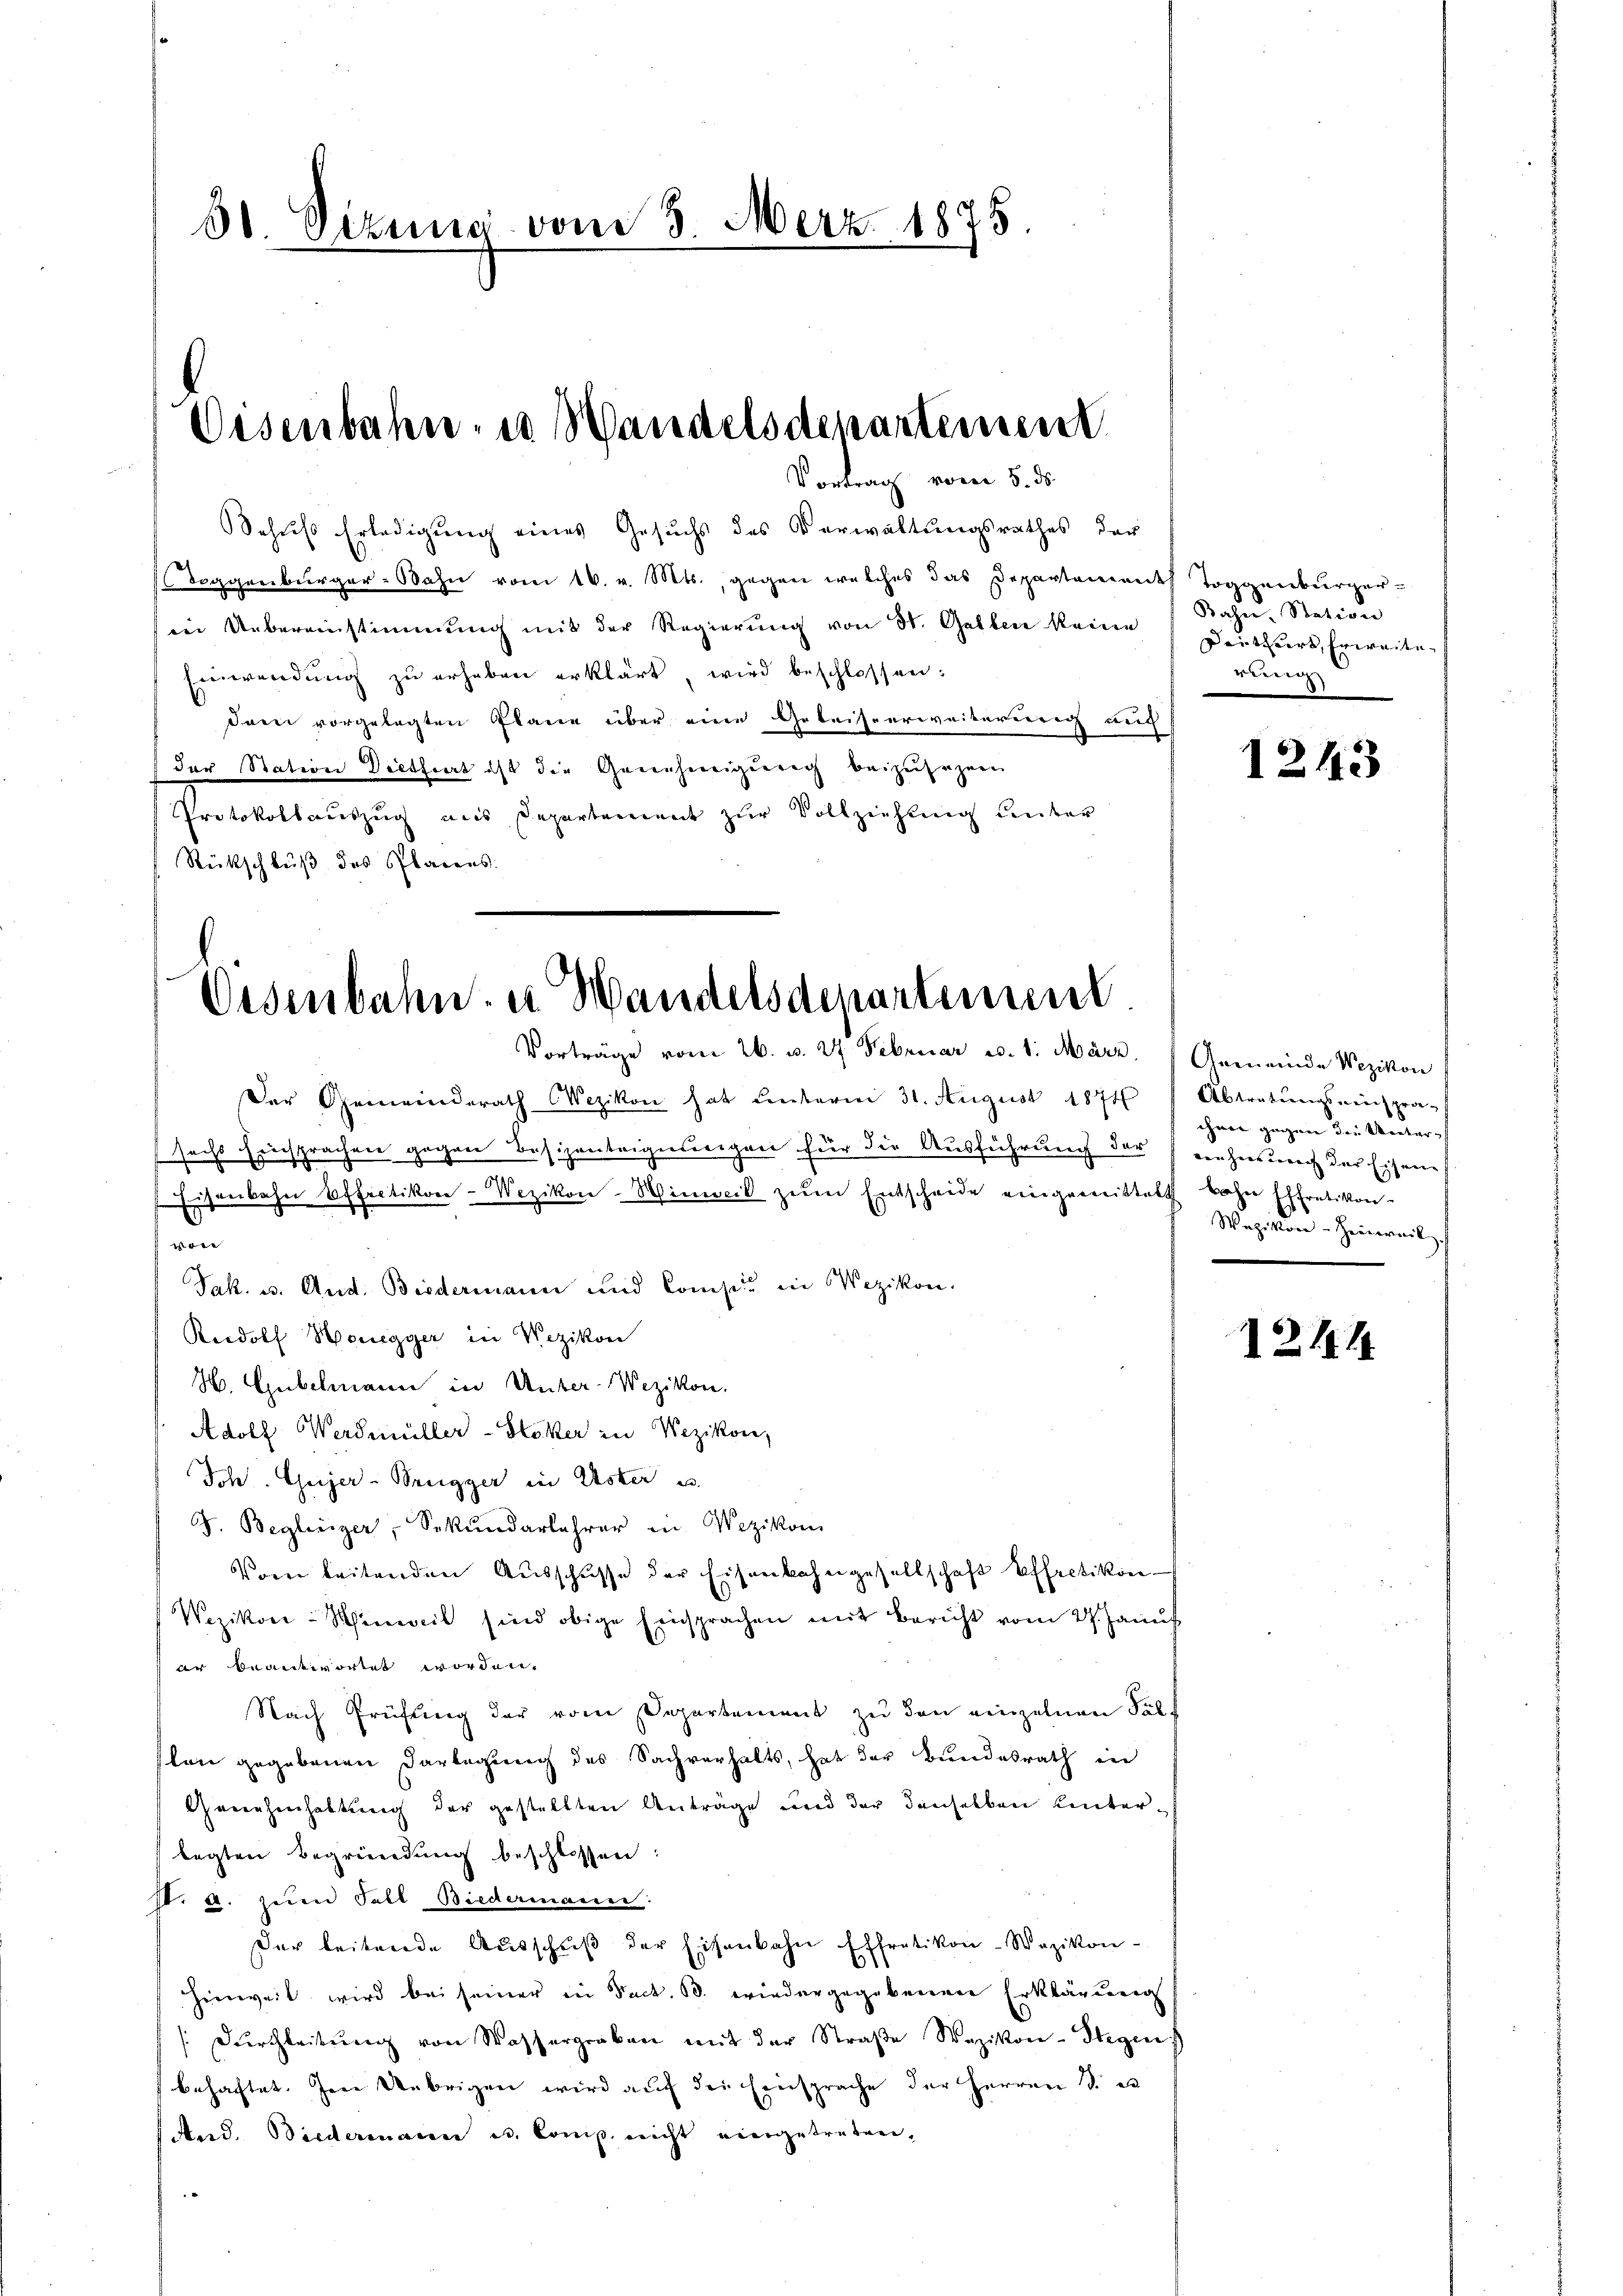
30. Sizung vom 3. Merz. 1875.

Disenbahn- u Wandelsdepartemen

Vortrag vom 5. ds.

Schuss Erledigung eines Gesuchs des Verwaltungsrathes der
Toggenburger-Bahn vom 16. v. Mts., gegen welches das Departement Toggenburger-
iei Uebereinstimmung mit der Regierung von St. Gallen keine
Einwendŭng zŭ erhaben erklärt, wird beschlossen:
darei vorgelegten Plane über eine Getrisserweiterung auc
(der Station Diethiert ist die Genehmigung beizusagen
Protokollauszug aus Departement zur Vollziehung unter
Rückschluß des Parens.

Oesenbahn u Handelsdepartement
Vorträge vom 26. v. 27. Februar c. 1. März. Gemeinde Wezikon

Der Gemeinderath Wezikon hat unterm 31. August 1874
sechs Einsprachen gegen Besizenteigeneigen für die Ausführung der einheitung der Eisenes
Eisenbahn Effectikon-Wezikon-Hinweil zŭm Entscheide eingemittelt bahn Effretikon-
un
Jak. u. And. Biedermann und Consis in Wezikon,
Rudolf Honegger in Wezikon
H. Gubelmann in Unter-Wezikon.
Adolf Werdmüller-Stoker in Wezikon,
Johs. Geizer-Beugger in Uster u.
J. Beglesiger, Sekundarlehrer in Wezikon
Vom beitenden Ausschusse der Eisenbahngesellschaft Effretikon
Wezikon-Sieweil sind obige Einsprachen mit Bericht vom 24. Janŭs
ar beantwortet worden.
Nach Prüfung der vom Departement zu den einzelnen Fäll
slen gegebenen Darlegung des Sachverhalts, hat der Bundesrath in
Genehmhaltung der gestellten Anträge und der denselben hinterlegten Begründung beschlossen:
IV. a. zum Fall Biedermann:
Der leitende Aŭsschŭβ der Eisenbahn Effretikon-Wazikon-
Hinweil wird bei seiner in Rect. 10. wiedergegebenen Erklärung
Dŭrchbleitŭng von Wassergraben mit der Straβe Wazikon-Stegens
behaftet. Im Uebrigen wird auf die Eiersprache der Herren 1. es
And. Wiedermann es. Comp. nicht eingetreten,

.

Kahn, Station
Deittiert, Erweite
rung

1243

Abtretungsreich prä-
chmer gegen die Unter¬
Wezikon - Zeitereit

1214